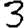
Digit: 3